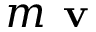
m \textbf { v }